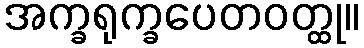
အက္ခရုက္ခပေတဝတ္ထု။